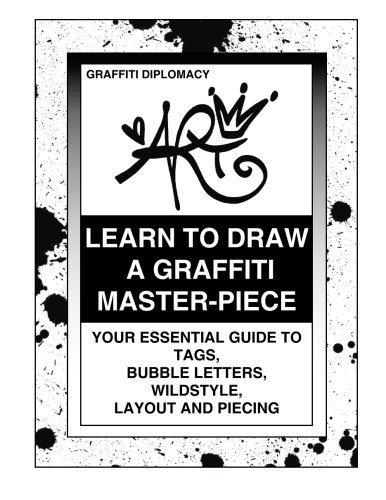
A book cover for Learn To Draw A Graffiti Master-Piece: Your Essential Guide To Tags, Bubble Letters, Wildstyle, Layout And Piecing; Graffiti Diplomacy; Arts & Photography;